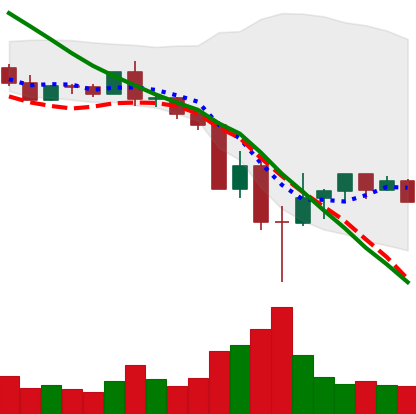
Ticker: BNB-USD
Chart end date: 2022-05-18
Forward return: 10.201%
Label: up_7plus